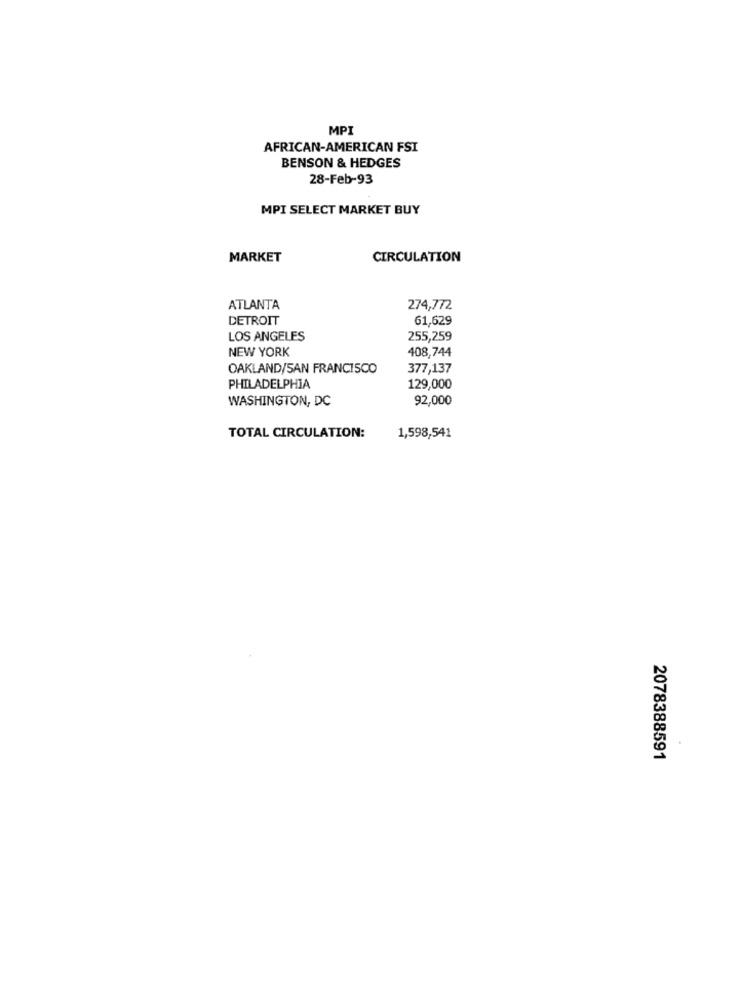
MPI
AFRICAN-AMERICAN FSI
BENSON & HEDGES
28-Feb-93
MPI SELECT MARKET BUY
MARKET
CIRCULATION
ATLANTA
274,772
DETROIT
61,629
LOS ANGELES
255,259
NEW YORK
408,744
OAKLAND/SAN FRANCISCO
377,137
PHILADELPHIA
129,000
WASHINGTON, DC
92,000
TOTAL CIRCULATION:
1,598,541
2078388591